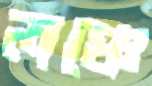
লঞ্চে